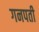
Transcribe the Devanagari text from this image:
गनपती